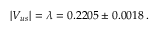
| V _ { u s } | = \lambda = 0 . 2 2 0 5 \pm 0 . 0 0 1 8 \, .